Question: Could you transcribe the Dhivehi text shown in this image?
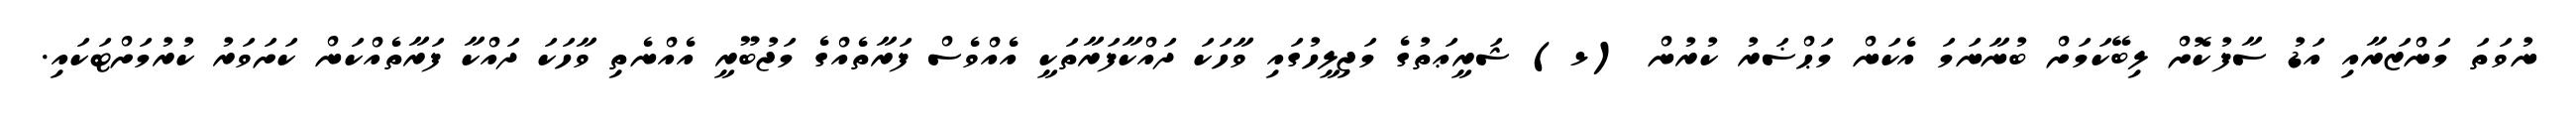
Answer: ނުވަތަ މަންޒަރާއި އަޑު ސާފުކޮށް ލިބޭކަމަށް ބުނާނަމަ އެކަން މަޙްޟަރު ކުރުން (ޅ) ޝަރީޢަތުގެ މަޖިލީހުގައި ވާހަކަ ދައްކާފަރާތަކީ އެއްވެސް ފަރާތެއްގެ މަޖުބޫރީ އެއްނެތި ވާހަކަ ދައްކާ ފަރާތެއްކަން ކަށަވަރު ކުރުމަށްޓަކައި.